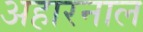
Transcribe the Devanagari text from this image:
अहारनाल